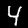
Digit: 4